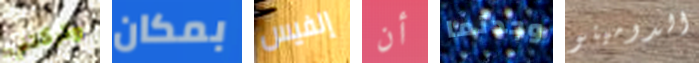
وتركتني بمكان إلفيس أن وجدتما الدومينو